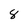
Character: 8